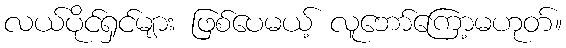
လယ်ပိုင်ရှင်များ ဖြစ်ပေမယ့် လူဘော်ကြော့မဟုတ်။